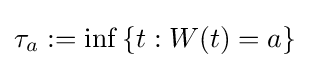
\tau _{a}:=\inf \left\{t:W(t)=a\right\}